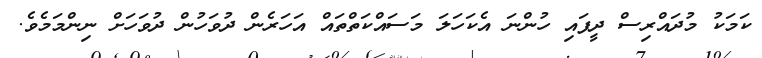
ކަމަކު މުދައްރިސް ދީފައި ހުންނަ އެކަހަލަ މަސައްކަތްތައް އަހަރެން ދުވަހުން ދުވަހަށް ނިންމަމެވެ.